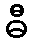
ဓီ